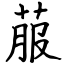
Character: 菔